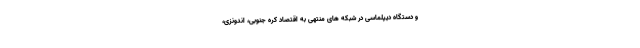
و دستگاه دیپلماسی در شبکه های منتهی به اقتصادِ کره جنوبی، اندونزی،